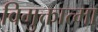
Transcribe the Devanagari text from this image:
विमुक्तात्मा